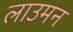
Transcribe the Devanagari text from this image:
लाउमन